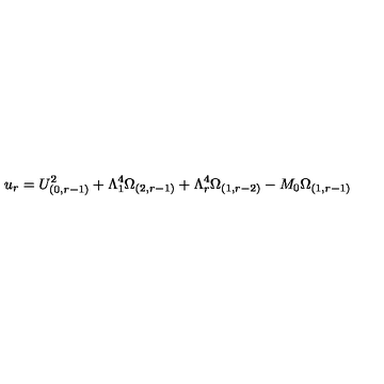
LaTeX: u _ { r } = U _ { ( 0 , r - 1 ) } ^ { 2 } + \Lambda _ { 1 } ^ { 4 } \Omega _ { ( 2 , r - 1 ) } + \Lambda _ { r } ^ { 4 } \Omega _ { ( 1 , r - 2 ) } - M _ { 0 } \Omega _ { ( 1 , r - 1 ) }